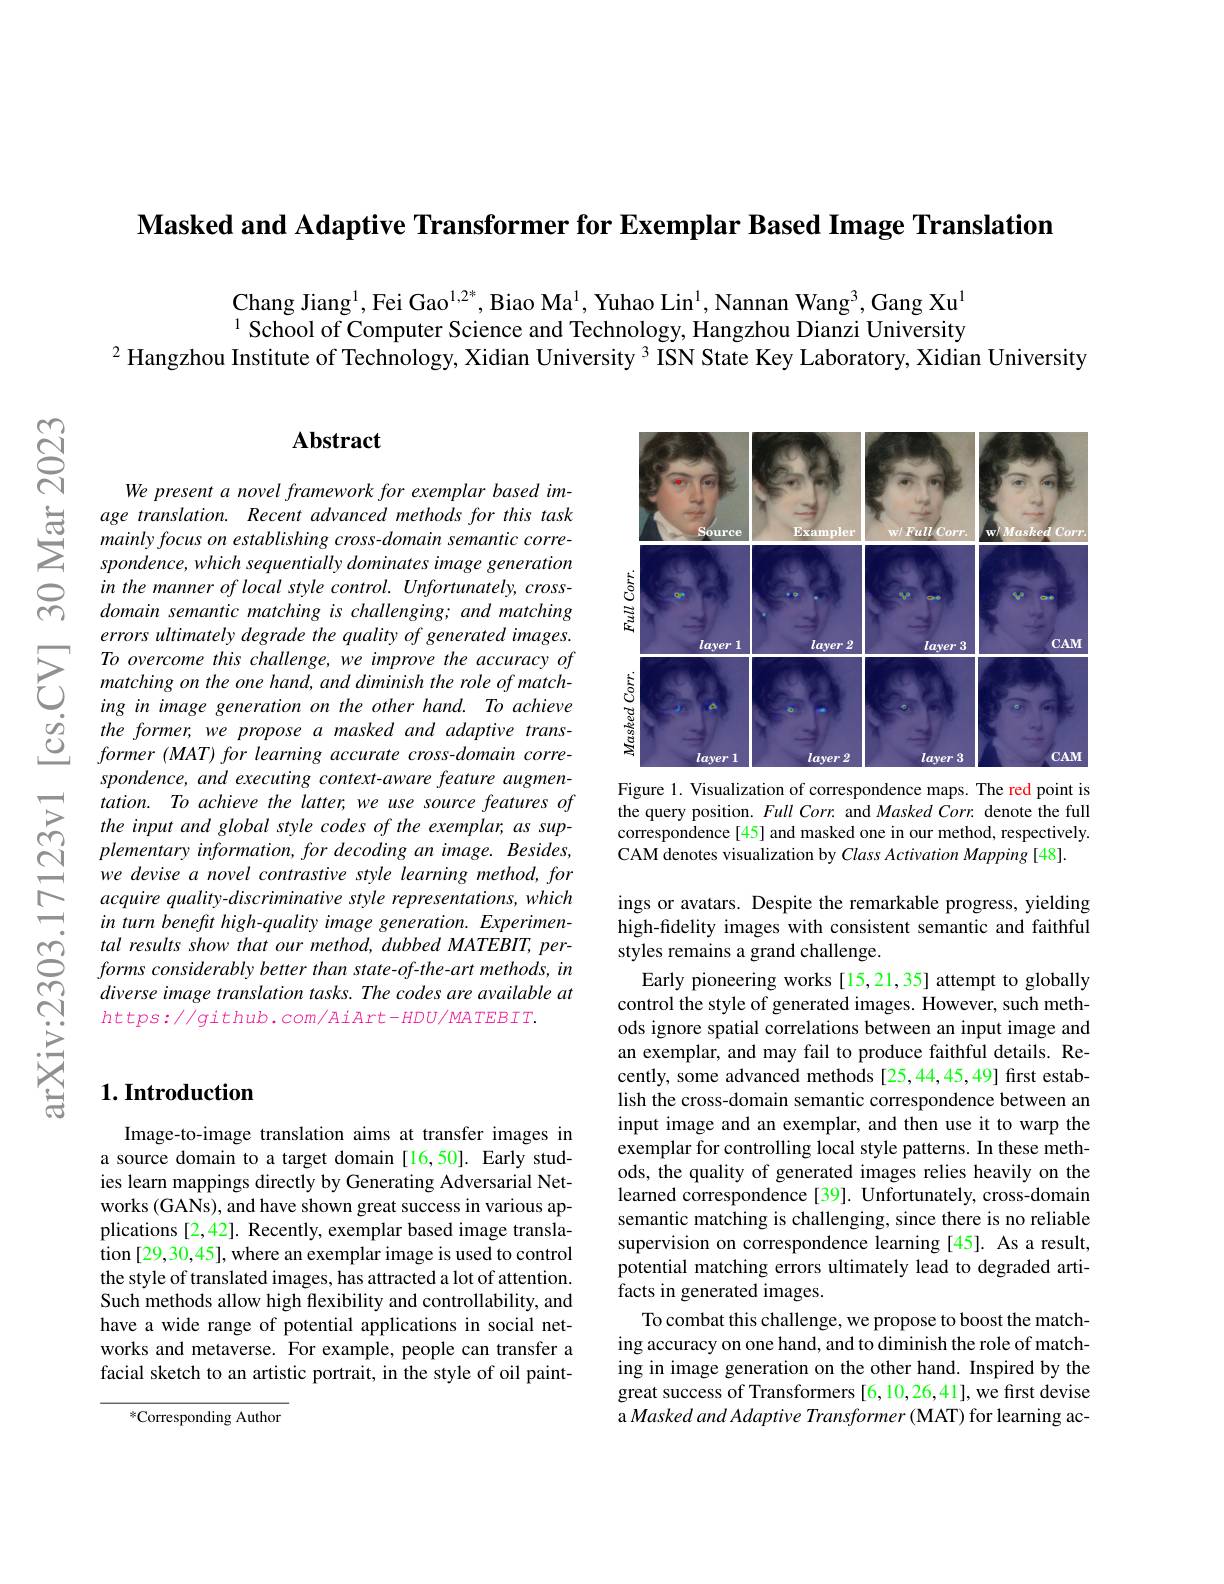
Masked and Adaptive Transformer for Exemplar Based Image Translation

Chang Jiang$^{1}$, Fei Gao$^{1,2^*}$, Biao Ma$^{1}$, Yuhao Lin$^{1}$, Nannan Wang$^{3}$, Gang Xu$^{1}$ $^{1}$ School of Computer Science and Technology, Hangzhou Dianzi University
$^{2}$ Hangzhou Institute of Technology, Xidian University $^{3}$ ISN State Key Laboratory, Xidian University

### $\mathbf{Abstract}$

We present a novel framework for exemplar based image translation. Recent advanced methods for this task mainly focus on establishing cross-domain semantic correspondence, which sequentially dominates image generation in the manner of local style control. Unfortunately, crossdomain semantic matching is challenging; and matching errors ultimately degrade the quality of generated images. To overcome this challenge, we improve the accuracy of matching on the one hand, and diminish the role of matching in image generation on the other hand. To achieve the former, we propose a masked and adaptive trans- $former~(MAT)~for~learning~accurate~cross-domain~corre-$ spondence, and executing context-aware feature augmentation. To achieve the latter, we use source features of the input and global style codes of the exemplar, as supplementary information, for decoding an image. Besides, we devise a novel contrastive style learning method, for acquire quality-discriminative style representations, which in turn beneft high-quality image generation. Experimental results show that our method, dubbed MATEBIT, per- $forms~considerably~better~than~state-of-the-art~methods,~in$ diverse image translation tasks. The codes are available at $https://github.com/AiArt-HDU/MATEBIT.$

<FigureHere>
Figure 1. Visualization of correspondence maps. The red point is

the query position. Full Corr. and Masked Corr. denote the full correspondence[45] and masked one in our method, respectively. CAM denotes visualization by Class Activation Mapping [48].

ings or avatars. Despite the remarkable progress, yielding high-fidelity images with consistent semantic and faithful styles remains a grand challenge.
Early pioneering works [15,21,35] attempt to globally control the style of generated images. However, such methods ignore spatial correlations between an input image and an exemplar, and may fail to produce faithful details. Recently, some advanced methods [25,44,45,49] first establish the cross-domain semantic correspondence between an input image and an exemplar, and then use it to warp the exemplar for controlling local style patterns. In these methods, the quality of generated images relies heavily on the learned correspondence[39]. Unfortunately, cross-domain semantic matching is challenging, since there is no reliable supervision on correspondence learning [45]. As a result, potential matching errors ultimately lead to degraded artifacts in generated images.
To combat this challenge, we propose to boost the matching accuracy on one hand, and to diminish the role of matching in image generation on the other hand. Inspired by the great success of Transformers [6,10,26,41],we first devise a Masked and Adaptive Transformer ( MAT) for learning ac-

### $1. \textbf{Introduction}$

Image-to-image translation aims at transfer images in a source domain to a target domain [16,50]. Early studies learn mappings directly by Generating Adversarial Networks (GANs), and have shown great success in various applications [2,42]. Recently, exemplar based image translation [29,30,45], where an exemplar image is used to control the style of translated images, has attracted a lot of attention. Such methods allow high flexibility and controllability, and have a wide range of potential applications in social networks and metaverse. For example, people can transfer a facial sketch to an artistic portrait, in the style of oil paint-

$^*$Corresponding Author